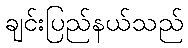
ချင်းပြည်နယ်သည်